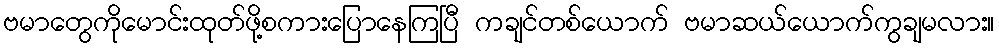
ဗမာတွေကိုမောင်းထုတ်ဖို့စကားပြောနေကြပြီ ကချင်တစ်ယောက် ဗမာဆယ်ယောက်ကွချမလား။